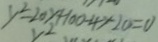
y ^ { 2 } - 2 0 y + 1 0 0 - 4 y - 2 0 = 0